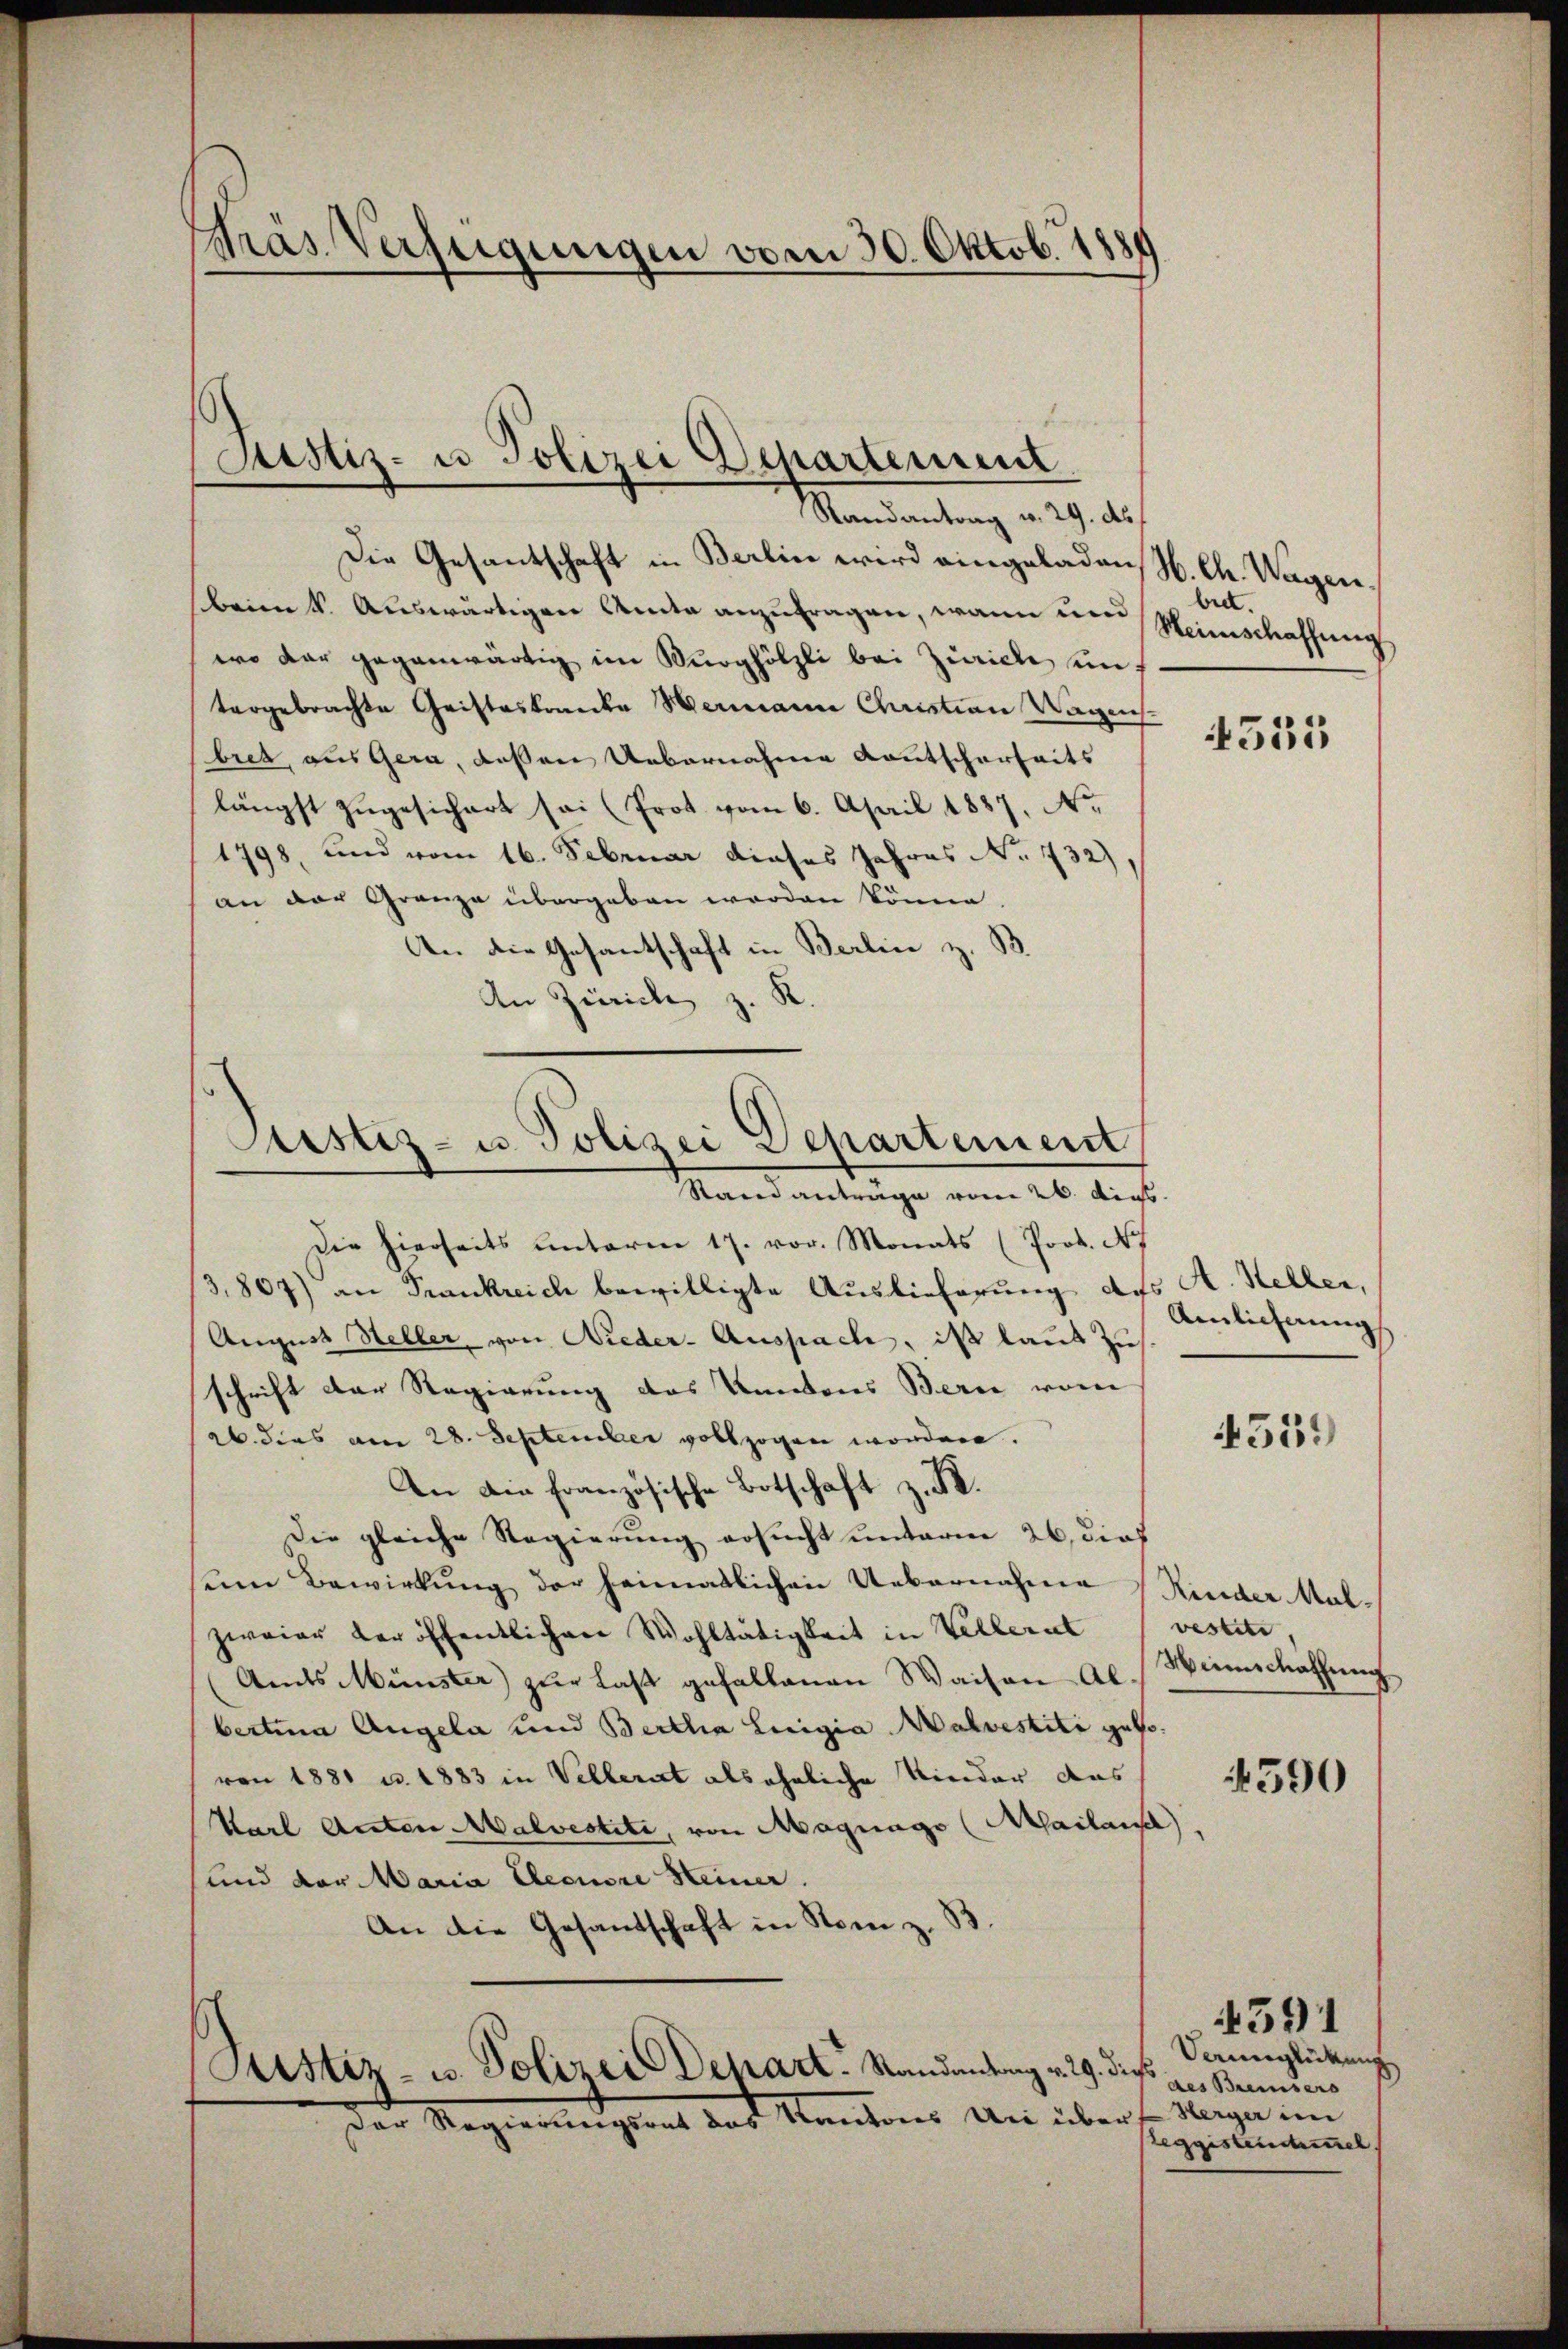
Gras Verfügungen vom 30. Oktob. 1889

Justiz- u Polizei Departement
Mandantung v. 19. des

Die Gesantschaft in Berlin wird eingeladen, H. Ch. Wagen.
beim k. Auswärtigen Amte anzufragen, wann und
wo dar gegenwärtig im Burghölzli bei Zürich in
tergebrachte Gristestande Wermann Christian Wagen.
bret, aus gera, dessen Uebernahme Kautscherheits
längst zugesichert sei (Prot. vom 6. April 1887, N.
1798, und vom 16. Februar dieses Jahres No. 732).
an der Grenze übergeben worden könne
An die Gesantschaft in Berlin z. B.
An Zürich z. K.

Custiz- u. Polizei Departement
Stand anträge vom 26. dist.

Die hierseits unterm 17. vor. Monats (Joot. N
3,867) an Frankreich bewilligte Auslieferung des A. Heller,
August Steller, von Nieder-Auspach, ist laut zu
schrift der Regierung des Kantons Bern vom
26. dies am 28. September vollzogen worden.
An die französische Botschaft z. B.
die gleiche Regierung ersucht unterm 26. dies
sum Bewirkung der heimatlichen Uebernahme Kinder Mal-
zweier der öffentlichen Wohltätigkeit in Vellerat (vestiti,
(Amts Münster zur Last gefallenen Waisen Al. Winschaffung
bertina Augela und Bertha Luigia Malvestiti gebovon 1881 u. 1883 in Vellerat als ähnliche Nieder aus
Karl Anton Malvestiti, von Magnago (Mailansch
sund der Maria Eleonore Heiner.
An die Gesandschaft in Nom z. B.

Justiz- u. Polizei Depart. Standentrag v. 29. dies
Der Regierungsrat des Kantons Un über

belt.
Meinschaffung

4535

Amlicherung

4559

590

Vaunglückung
des Breisers
Herger im
eggistenschimel

4391